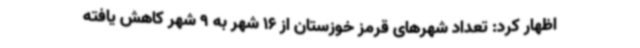
اظهار کرد: تعداد شهرهای قرمز خوزستان از 16 شهر به 9 شهر کاهش یافته